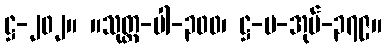
ဋ္ဌ-၂၀၂။ ။သုတ္တ-ပါ-၃၀၀၊ ဋ္ဌ-ပ-အုပ်-၃၇၉။